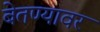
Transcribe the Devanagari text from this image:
बेतण्यावर